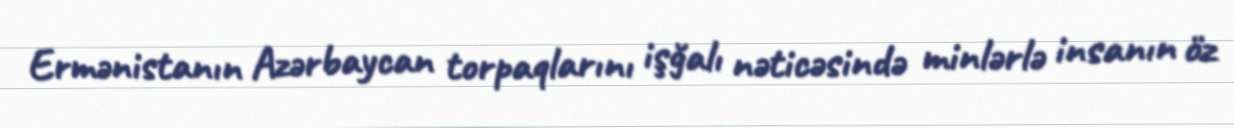
Ermənistanın Azərbaycan torpaqlarını işğalı nəticəsində minlərlə insanın öz